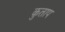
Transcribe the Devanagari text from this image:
कुताप